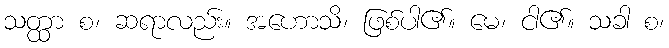
သတ္ထာ စ၊ ဆရာလည်း။ အဟောသိ၊ ဖြစ်ပါ၏။ မေ၊ ငါ၏။ သခါ စ၊